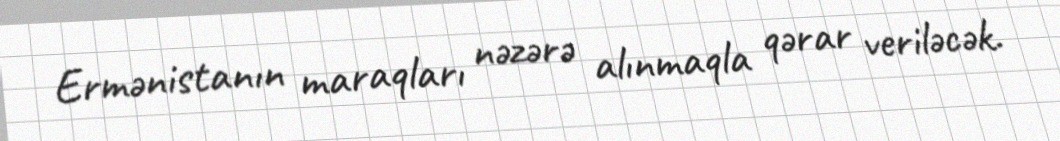
Ermənistanın maraqları nəzərə alınmaqla qərar veriləcək.